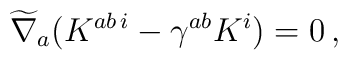
\widetilde{\nabla}_a( K^{ a b\,i} -\gamma^{a b} K^i ) =  0\,,